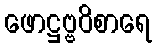
ဖောဋ္ဌဗ္ဗဝိစာရေ